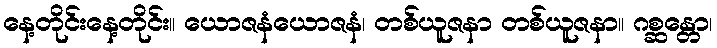
နေ့တိုင်းနေ့တိုင်း။ ယောဇနံယောဇနံ၊ တစ်ယူဇနာ တစ်ယူဇနာ။ ဂစ္ဆန္တော၊